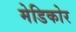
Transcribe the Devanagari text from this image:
मेडिकोर